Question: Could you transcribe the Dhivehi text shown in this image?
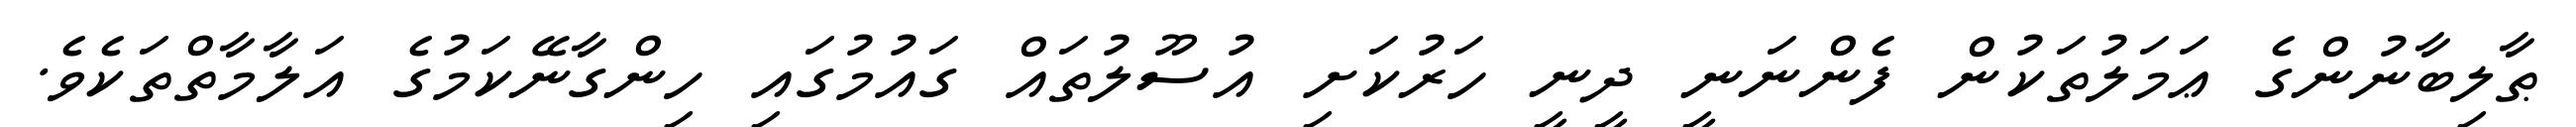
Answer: ޠާލިބާނުންގެ ޢަމަލުތަކުން ފެންނަނީ ދީނީ ހަރުކަށި އުސޫލުތައް ގައުމުގައި ހިންގާނޭކަމުގެ އަލާމާތްތަކެވެ.